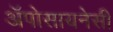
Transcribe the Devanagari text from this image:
अॅपोसायनेसी